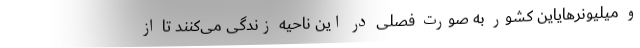
و میلیونرهایاین کشور به صورت فصلی در این ناحیه زندگی می‌کنند تا از